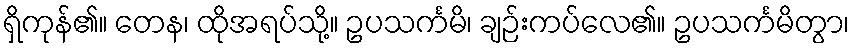
ရှိကုန်၏။ တေန၊ ထိုအရပ်သို့။ ဥပသင်္ကမိ၊ ချဉ်းကပ်လေ၏။ ဥပသင်္ကမိတွာ၊